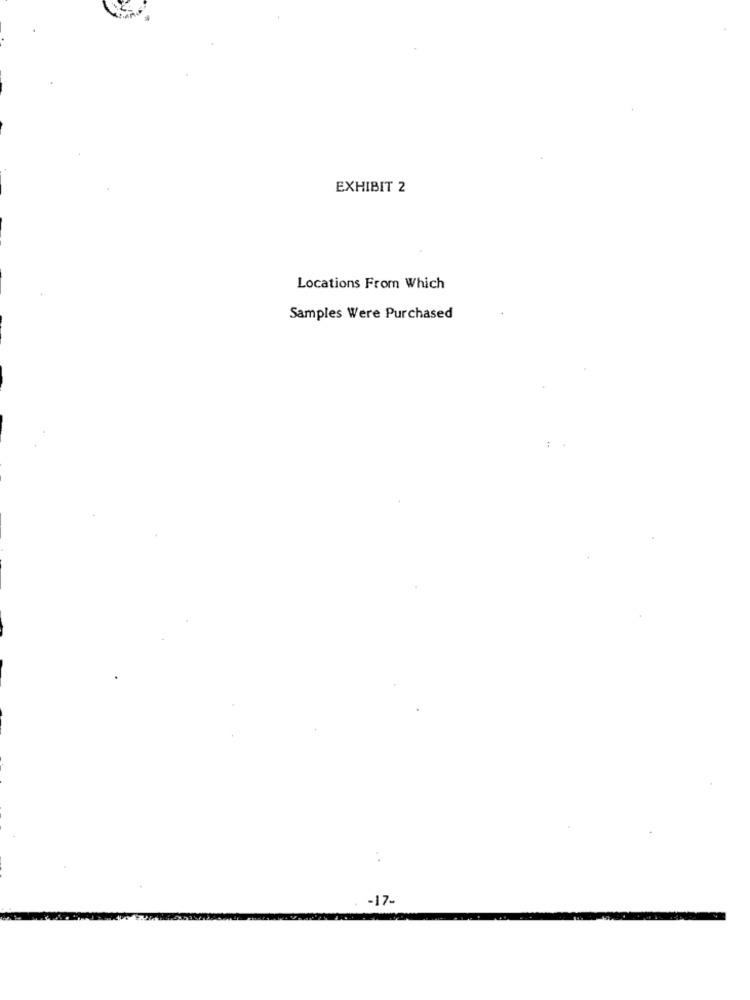
EXHIBIT 2
Locations From Which
Samples Were Purchased
:
-17-